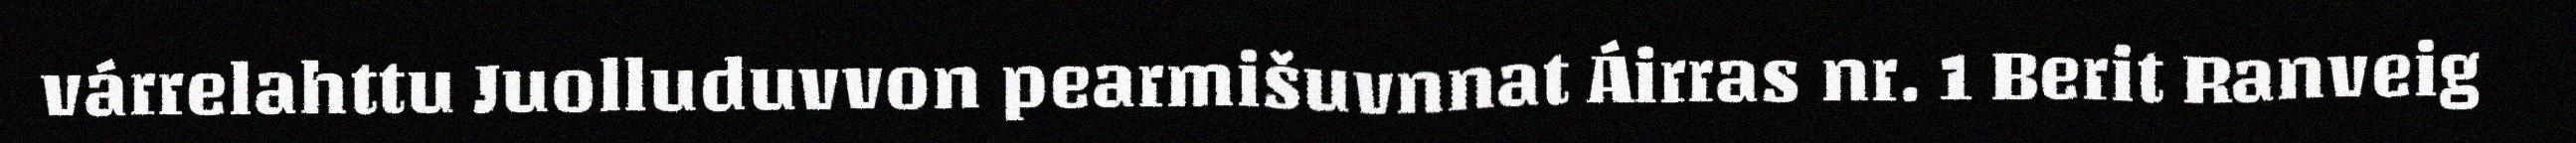
várrelahttu Juolluduvvon pearmišuvnnat Áirras nr. 1 Berit Ranveig